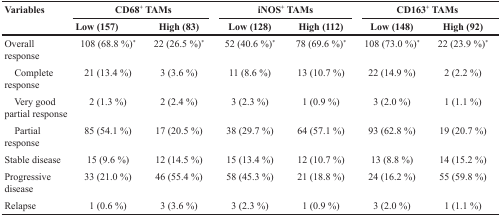
<table><thead><tr><td rowspan="2"><b>Variables</b></td><td colspan="2"><b>CD68<sup>+</sup> TAMs</b></td><td colspan="2"><b>iNOS<sup>+</sup> TAMs</b></td><td colspan="2"><b>CD163<sup>+</sup> TAMs</b></td></tr><tr><td><b>Low (157)</b></td><td><b>High (83)</b></td><td><b>Low (128)</b></td><td><b>High (112)</b></td><td><b>Low (148)</b></td><td><b>High (92)</b></td></tr></thead><tbody><tr><td>Overall response</td><td>108 (68.8 %)<sup>*</sup></td><td>22 (26.5 %)<sup>*</sup></td><td>52 (40.6 %)<sup>*</sup></td><td>78 (69.6 %)<sup>*</sup></td><td>108 (73.0 %)<sup>*</sup></td><td>22 (23.9 %)<sup>*</sup></td></tr><tr><td> Complete response</td><td>21 (13.4 %)</td><td>3 (3.6 %)</td><td>11 (8.6 %)</td><td>13 (10.7 %)</td><td>22 (14.9 %)</td><td>2 (2.2 %)</td></tr><tr><td> Very good partial response</td><td>2 (1.3 %)</td><td>2 (2.4 %)</td><td>3 (2.3 %)</td><td>1 (0.9 %)</td><td>3 (2.0 %)</td><td>1 (1.1 %)</td></tr><tr><td> Partial response</td><td>85 (54.1 %)</td><td>17 (20.5 %)</td><td>38 (29.7 %)</td><td>64 (57.1 %)</td><td>93 (62.8 %)</td><td>19 (20.7 %)</td></tr><tr><td>Stable disease</td><td>15 (9.6 %)</td><td>12 (14.5 %)</td><td>15 (13.4 %)</td><td>12 (10.7 %)</td><td>13 (8.8 %)</td><td>14 (15.2 %)</td></tr><tr><td>Progressive disease</td><td>33 (21.0 %)</td><td>46 (55.4 %)</td><td>58 (45.3 %)</td><td>21 (18.8 %)</td><td>24 (16.2 %)</td><td>55 (59.8 %)</td></tr><tr><td>Relapse</td><td>1 (0.6 %)</td><td>3 (3.6 %)</td><td>3 (2.3 %)</td><td>1 (0.9 %)</td><td>3 (2.0 %)</td><td>1 (1.1 %)</td></tr></tbody></table>